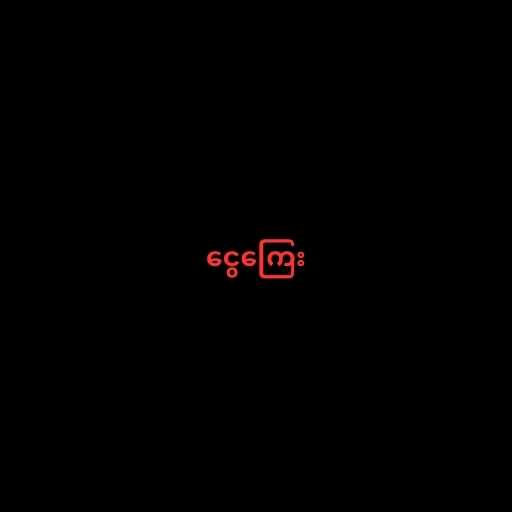
ငွေကြေး